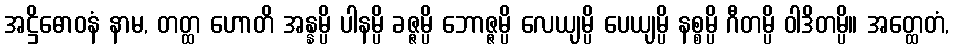
အဋ္ဌိဓောဝနံ နာမ, တတ္ထ ဟောတိ အန္နမ္ပိ ပါနမ္ပိ ခဇ္ဇမ္ပိ ဘောဇ္ဇမ္ပိ လေယျမ္ပိ ပေယျမ္ပိ နစ္စမ္ပိ ဂီတမ္ပိ ဝါဒိတမ္ပိ။ အတ္ထေတံ,